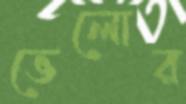
ভেলোর